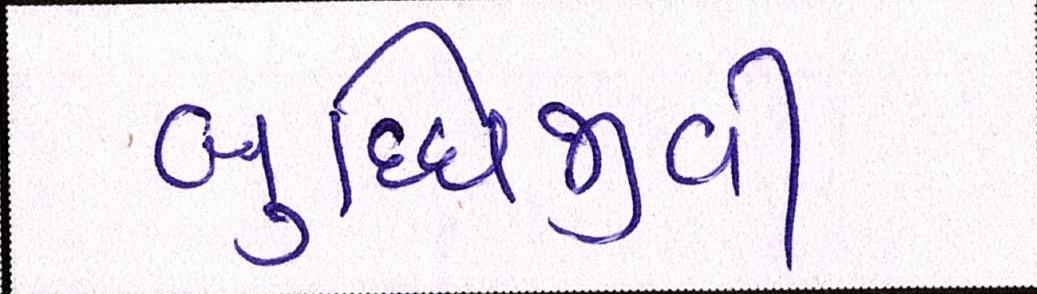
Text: બુધ્ધિજીવી